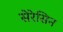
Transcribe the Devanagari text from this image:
सेरेसिन